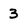
Character: 3